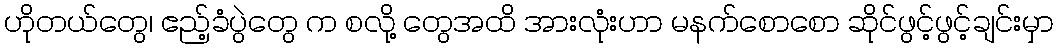
ဟိုတယ်တွေ၊ ဧည့်ခံပွဲတွေ က စလို့ တွေအထိ အားလုံးဟာ မနက်စောစော ဆိုင်ဖွင့်ဖွင့်ချင်းမှာ